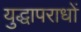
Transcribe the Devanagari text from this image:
युद्धापराधों